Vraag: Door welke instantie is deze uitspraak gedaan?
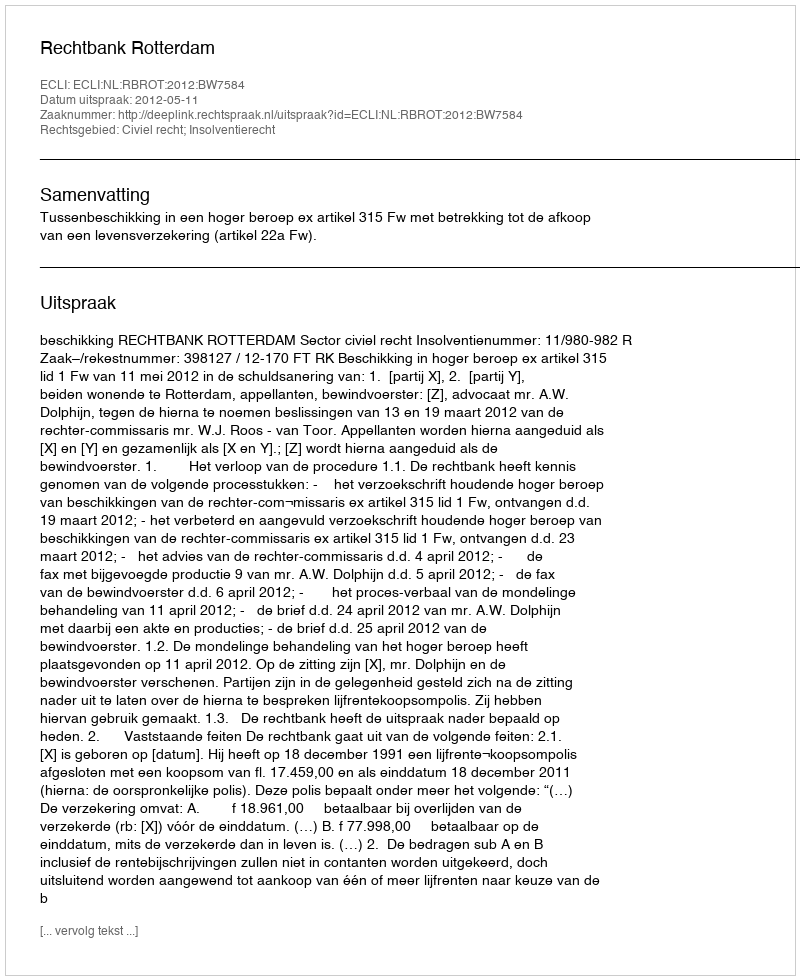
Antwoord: Rechtbank Rotterdam